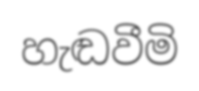
හැඬවීමි